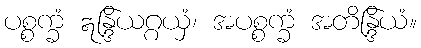
ပစ္စက္ခံ ဣန္ဒြိယဂ္ဂယှံ၊ အပစ္စက္ခံ အတိန္ဒြိယံ။